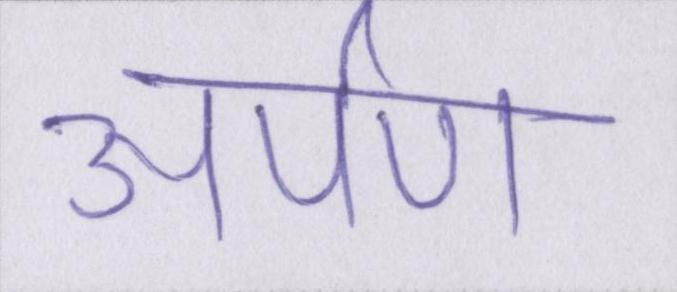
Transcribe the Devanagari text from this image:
अर्पण